Annual statistical returns and brief notes on vaccination in Bengal - 1909-1929
Year: 1909
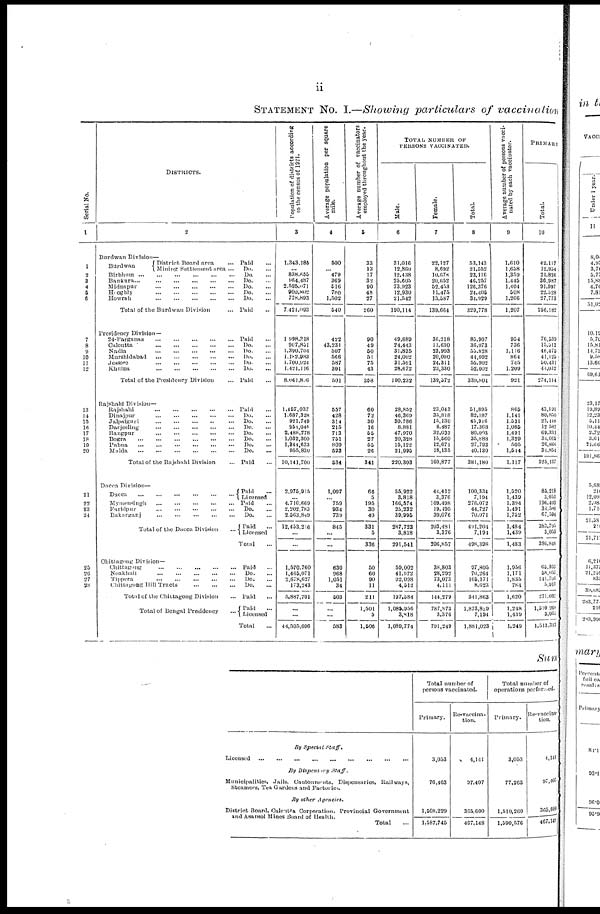
ii
STATEMENT No. I.—Showing particulars of vaccination
Serial No.
1
1
2
3
4
5
6
7
8
9
10
11
12
13
14
15
16
17
18
19
20
21
22
23
24
25
26
27
28
DISTRICTS.
2
Burdwan Division—
Burdwan
District Board area
... Paid ...
Mining Settlement area ...
Do. ...
Birbhum
...
...
...
...
...
...
Do. ...
Bankura...
...
...
...
...
...
...
Do. ...
Midnapur
...
...
...
...
...
Do. ...
Hooghly
...
...
...
...
...
Do. ...
Howrah
...
...
...
...
...
Do. ...
Total of the Burdwan Division
... Paid ...
Presidency Division—
24-Parganas
...
...
...
...
...
Paid ...
Calcutta
...
...
...
...
...
Do. ...
Nadia
...
...
...
...
...
Do. ...
Murshidabad
...
...
...
...
...
Do. ...
Jessore
...
...
...
...
...
Do. ...
Khulna
...
...
...
...
...
Do. ...
Total of the Presidency Division
... Paid ...
Rajshahi Division—
Rajshahi
...
...
...
...
...
Paid ...
Dinajpur
...
...
...
...
...
Do. ...
Jalpaiguri
...
...
...
...
...
Do. ...
Darjeeling
...
...
...
...
...
Do. ...
Rangpur
...
...
...
...
...
Do. ...
Bogra
...
...
...
...
...
Do. ...
Pabna
...
...
...
...
...
Do. ...
Malda
...
...
...
...
...
Do. ...
Total of the Rajshahi Division
... Paid ...
Dacca Division—
Dacca
...
...
...
...
...
...
Paid ...
Licensed
Mymensingh
... ... ... ... ...Paid ...
Faridpur
...
...
...
...
...
...
Do. ...
Bukarganj
...
...
...
...
...
Do. ...
Total of the Dacca Division
Paid
...
Licensed
Total ...
Chittagong Division—
Chittagong
...
...
...
...
...
Paid ...
Noakhali
...
...
...
...
...
Do. ...
Tippera
...
...
...
...
...
Do. ...
Chittagong Hill Tracts
...
...
...
Do.
Total of the Chittagong Division
... Paid
Total of Bengal Presidency ...
Paid ...
Licensed
Total ...
Population of districts according
to the census of 1921.
3
1,343,185
... 838,665
964,487
2,595,071
900,802
778,893
7,421,093
1,998,318
907,851
1,390,704
1,182,983
1,700,924
1,421,116
8,061,806
1,457,037
1,687,328
921,749
254,045
2,488,778
1,032,300
1,344,633
955,830
10,141,700
2,976,915
...
4,710,669
2,202,783
2,563,849
12,453,216
...
...
1,570,760
1,465,071
2,678,627
173,243
5,887,701
...
...
44,505,606
Average population per square
mile.
4
500
... 479
369
516
780
1,502
540
422
43,231
507
566
587
301
501
557
428
314
215
713
751
809
523
534
1,097
...
759
934
730
845
...
...
630
968
1,051
34
503
...
...
583
Average number of vaccinators
employed throughout the year.
5
33
13
17
32
90
48
27
260
90
49
50
51
75
43
358
60
72
30
16
55
27
55
26
341
66
5
195
30
40
331
5
336
50
60
90
11
211
1,501
5
1,606
TOTAL NUMBER OF
PERSONS VACCINATED.
Male.
6
31,016
12,860
12,438
25,605
73,923
12,930
21,542
190,114
49,689
24,443
31,835
24,002
31,501
28,672
190,232
28,852
46,369
30,786
8,881
47,970
20,328
15,122
21,995
220,303
55,922
3,818
166,574
25,232
39,996
287,723
3,818
291,541
59,002
41,972
92,098
4,512
197,584
1,085,956
3,818
1,089,774
Female.
7
22,127
8,692
10,678
20,652
52,453
11,475
13,087
139,664
36,218
11,630
23,003
20,090
24,311
23,330
139,572
23,043
35,818
15,130
8,487
32,033
15,560
12,671
18,135
160,877
44,412
3,376
109,498
19,495
30,076
203,481
3,376
206,857
38,803
28,292
73,073
4,111
144,279
787,873
3,376
791,249
Total.
8
53,143
21,552
23,116
46,257
126,376
24,405
31,929
320,778
85,907
36,073
55,828
44,092
55,902
52,002
339,804
51,895
82,187
45,916
17,368
80,003
35,888
27,793
40,130
381,180
100,334
7,194
276,072
44,727
70,071
491,204
7,194
498,398
97,805
70,264
166,171
8,623
341,863
1,873,829
7,194
1,881,023
Average number of persons vacci-
nated by each vaccinator.
9
1,610
1,658
1,359
1,445
1,404
508
1,266
1,207
954
736
1,116
864
745
1,209
921
865
1,141
1,531
1,085
1,491
1,329
505
1,544
1,117
1,520
1,439
1,304
1,491
1,752
1,484
1,439
1,483
1,956
1,171
1,835
784
1,620
1,248
1,439
1,249
PRIMARY
Total.
10
42,117
12,954
21,826
36,987
91,997
22,528
27,773
256,182
76,539
15,512
49,475
41,125
50,431
44,032
274,114
43,191
80,850
23,448
12,582
69,331
34,015
26,866
34,854
325,137
85,218
3,053
196,403
34,580
67,584
383,795
3,053
386,848
65,363
58,053
141,703
5,913
271,032
1,510,260
3,055
1,513,313
Sum
By Special
Staff.
Licensed
...
...
...
...
...
...
...
...
...
...
...
...
By Dispensary
Staff.
Municipalities, Jails, Cantonnments. Dispensaries, Railways,
Steamers, Tea Gardens and Factories.
By other Agencies.
District Board, Calcutta Corporation, Provincial Government
and Asansol Mines Board of Health.
Total
Total number of
persons vaccinated.
Primary.
3,053
76,463
1,508,229
1,587,745
Re-vaccina-
tion.
4,141
97,407
365,600
467,148
Total number of
operations performed.
Primary.
3,053
77,203
1,510,260
1,590,576
Re-vaccina-
tion.
4,141
97,407
365,600
467,148